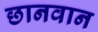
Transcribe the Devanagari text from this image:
छानवान